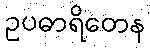
ဥပဓာရိတေန